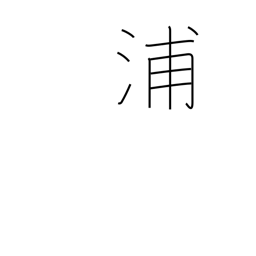
Meaning: creek